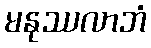
မနုဿလာဘံ